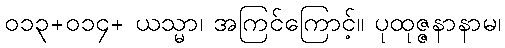
၀၁၃+၀၁၄+ ယသ္မာ၊ အကြင်ကြောင့်။ ပုထုဇ္ဇနာနာမ၊